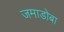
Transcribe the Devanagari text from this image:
जमाडोबा